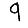
Digit: 9